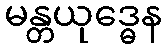
မန္တယုဒ္ဓေန